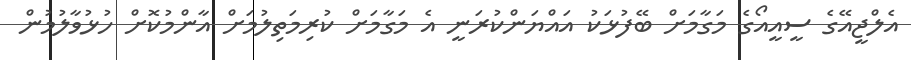
އެލްޖީއޭގެ ސީއީއޯގެ މަގާމަށް ބޭފުޅަކު އައްޔަންކުރަނީ އެ މަގާމަށް ކުރިމަތިލުމަށް އާންމުކޮށް ހުޅުވާލުމުން